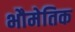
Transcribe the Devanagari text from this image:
भौमेतिक